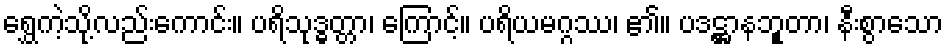
ရွှေကဲ့သို့လည်းကောင်း။ ပရိသုဒ္ဓတ္တာ၊ ကြောင့်။ ပရိယမဂ္ဂဿ၊ ၏။ ပဒဋ္ဌာနဘူုတာ၊ နီးစွာသော